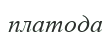
платода